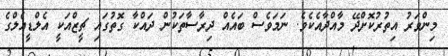
މިންވަރު އިތުރުކޮށްދޭ މާއްދާއެކެވެ. ނަމަވެސް ބައެއް ދިރާސާތަކުން ދައްކާ ގޮތުގައި ޗީޒްއަކީ އެލްޑީއެލްގެ